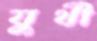
যুথী